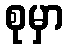
စုမှာ